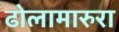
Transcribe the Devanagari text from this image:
ढोलामारुरा